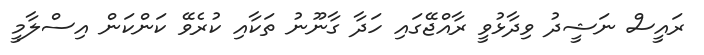
ރައީސް ނަޝީދު ވިދާޅުވީ ރާއްޖޭގައި ހަދާ ގާނޫނު ތަކާއި ކުރެވޭ ކަންކަން އިސްލާމީ